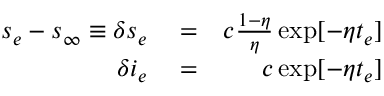
\begin{array} { r l r } { s _ { e } - s _ { \infty } \equiv \delta s _ { e } } & { { } = } & { c \frac { 1 - \eta } { \eta } \exp [ - \eta t _ { e } ] } \\ { \delta i _ { e } } & { { } = } & { c \exp [ - \eta t _ { e } ] } \end{array}